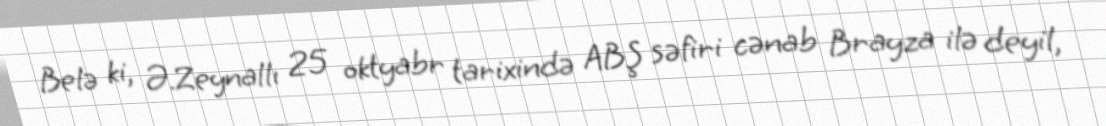
Belə ki, Ə.Zeynallı 25 oktyabr tarixində ABŞ səfiri cənab Brayza ilə deyil,